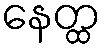
နေတ္ထ